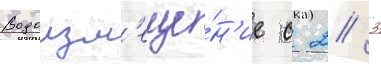
Водоизм'еще́н'ие с 2/ 3